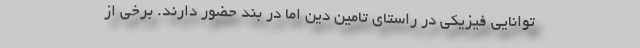
توانایی فیزیکی در راستای تامین دین اما در بند حضور دارند. برخی از